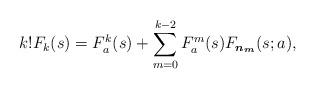
LaTeX: \begin{align*}k!F_k(s)=F^k_a(s)+\sum_{m=0}^{k-2}F^m_a(s)F_{\boldsymbol{n_m}}(s; a),\end{align*}